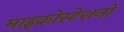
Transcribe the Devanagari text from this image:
माइक्रोस्टेशनों